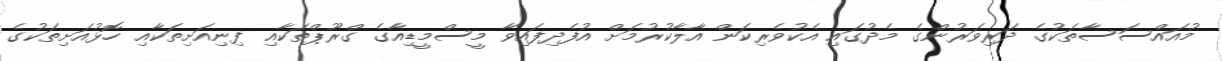
މުއައްސަސާތަކުގެ ދަރިވަރުންގެ މެދުގައި އެކުވެރިކަން އާލާކުރުމަށް އުފެދިފައިވާ މީސްމީޑިއާގެ ގްރޫޕްތަކާއި ފިނިއަށިތަކާއި ހޮޅުއަށިތަކުގެ